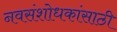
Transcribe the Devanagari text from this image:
नवसंशोधकांसाठी